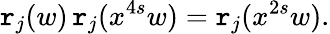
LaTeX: \mathtt{r}_{j}(w)\, \mathtt{r}_{j}(x^{4s}w)=\mathtt{r}_{j}(x^{2s}w).